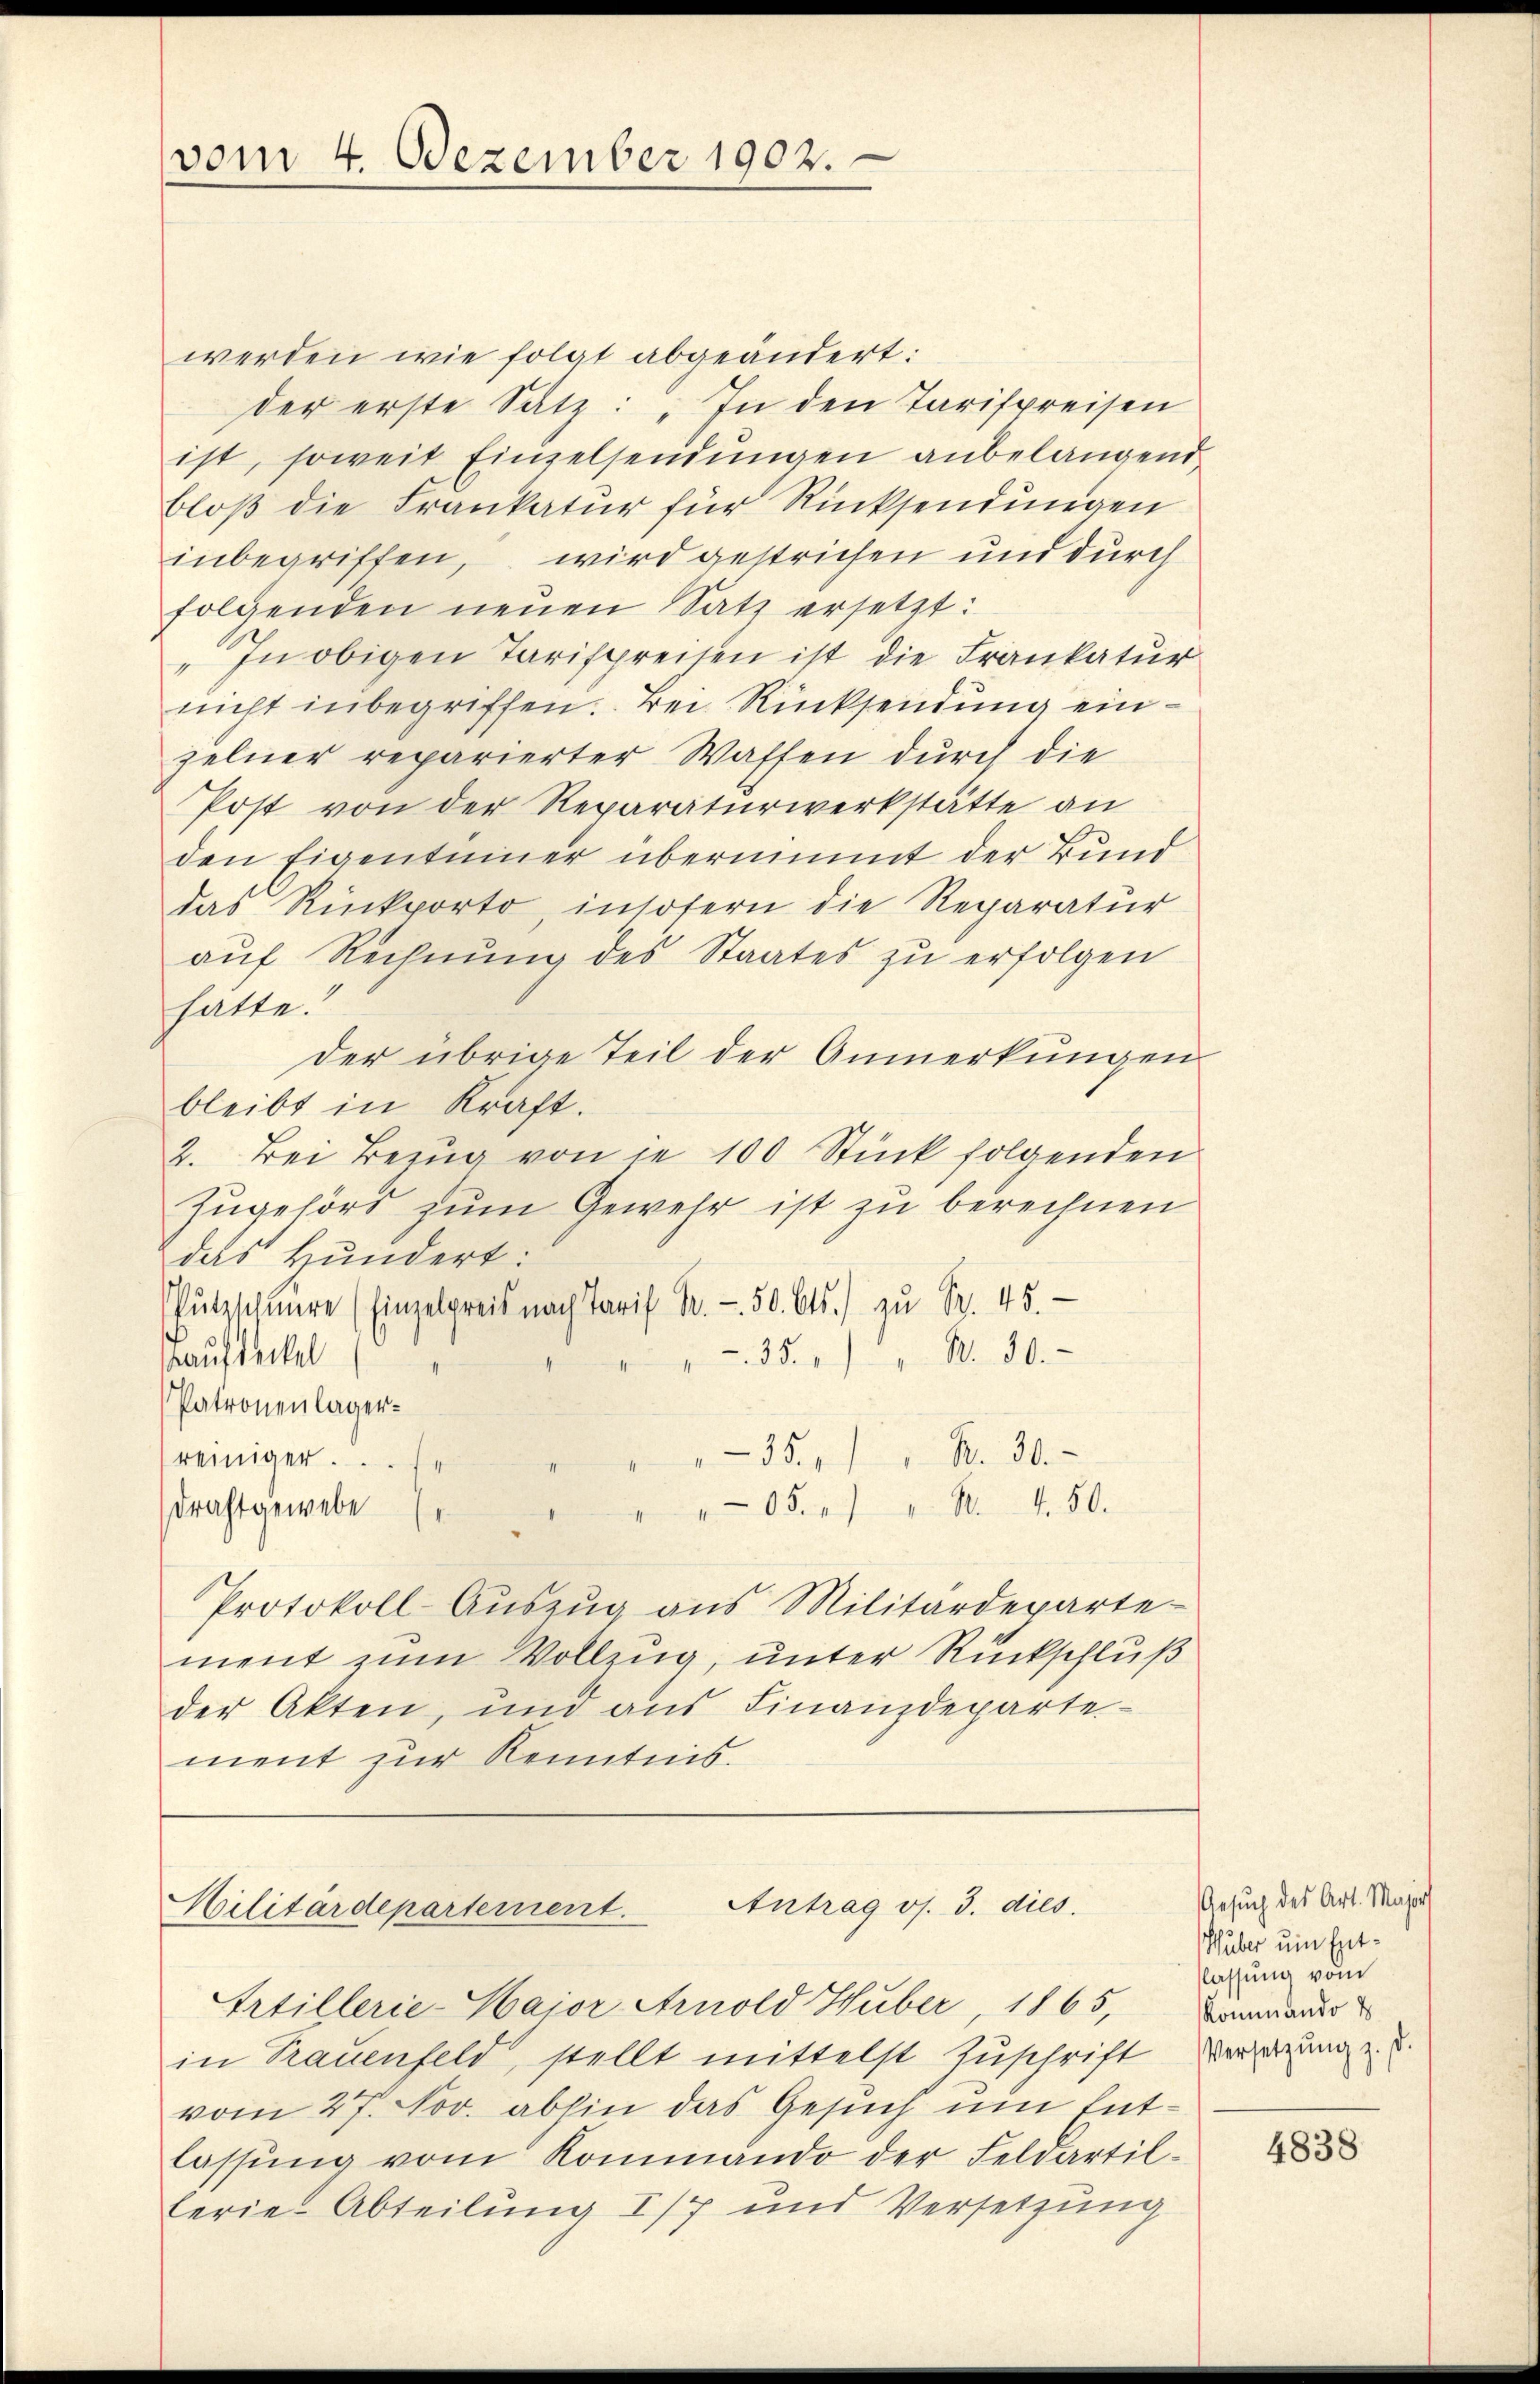
vom 4. Dezember 1902.

werden wie folgt abgeändert:
der erste Satz: „In den Tarifpreisen
ist, soweit Einzelsendungen anbelangend
bloß die Frankatur für Rücksendungen
inbegriffen, wird gestrichen und durch
folgenden neŭen Satz ersetzt:
"In obigen Tarispreisen ist die Frankatur
nicht inbegriffen. Bei Rücksendung einzelner reparierter Waffen durch die
Post von der Reparaturwerkstätte an
den Eigentümer übernimmt der Bund
das Rückporto, insofern die Reparatur
auf Rechnŭng des Staates zu erfolgen
hatte.
der übrige Teil der Anmerkungen
bleibt in Kraft.
2. Bei Bezug von je 100 Stück folgenden
Zugehört zum Gewehr ist zu berechnen
das Hundert:
ützschüre (Einzelpreis nach Tarif Br. - 50. Cts. zŭ Fr. 45.
Kaufdeckel
35.) " N. 30.
Patronenlager¬
35." Nr. 30.
reiniger.
Drahtgewebe
405. 14. d. 4. 50.
Protokoll-Aŭszŭg ans Militärdeparte-
ment zum Vollzug, unter Rückschluß
der Akten, und aus Finanzdepartement zur Kenntnis.

Antrag os. 3. dies
Militärdepartement.
Artillerie-Major Arnold Huber 1865,

in Trauenfeld, stellt mittelst Zuschrift
vom 27. Nov. abhin das Gesuch um Entlassŭng vom Kommando der Feldartil-
lerie-Abteilung I/7 und Versetzung

Gesuch des Art. Major
Huber um Entlassung vom
Kommando d
Versetzŭng z. d.

4838